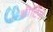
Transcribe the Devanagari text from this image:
शीटिंग